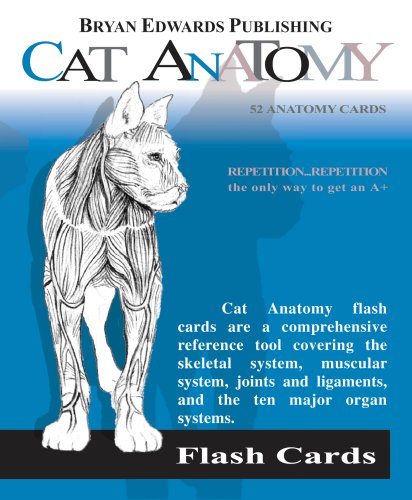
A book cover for Cat Anatomy; Flash Anatomy; Medical Books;